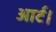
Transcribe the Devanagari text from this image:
आर्ट।